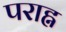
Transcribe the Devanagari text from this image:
पराह्न